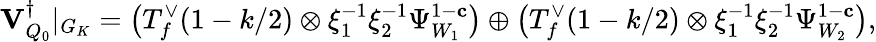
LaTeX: {\mathbf{V}_{Q_{0}}^{\dagger}}\vert_{G_{K}}=\bigl(T_{f}^{\vee}(1-k/2)\otimes\xi_{1}^{-1}\xi_{2}^{-1}\Psi_{W_{1}}^{1-\mathbf{c}}\bigr)\oplus\bigl(T_{f}^{\vee}(1-k/2)\otimes\xi_{1}^{-1}\xi_{2}^{-1}\Psi_{W_{2}}^{1-\mathbf{c}}\bigr),